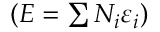
\left( E = \textstyle \sum N _ { i } \varepsilon _ { i } \right)